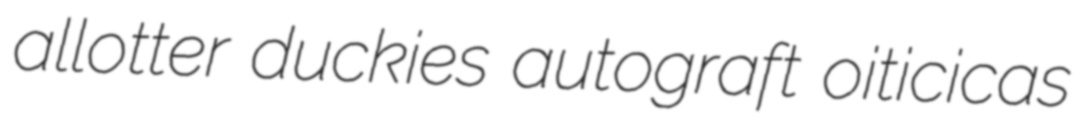
allotter duckies autograft oiticicas